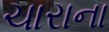
ચારાના